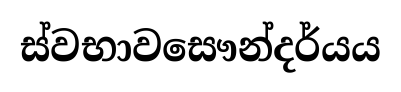
ස්වභාවසෞන්දර්යය